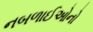
નબળાઈઓનો